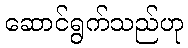
ဆောင်ရွက်သည်ဟု